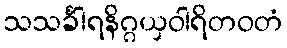
သသင်္ခါရနိဂ္ဂယှဝါရိတဝတံ